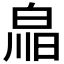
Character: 𤽳